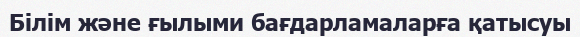
Білім және ғылыми бағдарламаларға қатысуы